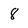
Character: 8